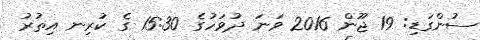
ސުންގަޑި: 19 ޖޫން 2016 ވަނަ ދުވަހުގެ 15:30 ގެ ކުރިނ އިތުރު